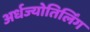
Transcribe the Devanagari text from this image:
अर्धज्योतिर्लिंग